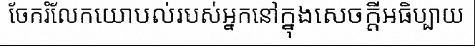
ចែករំលែកយោបល់របស់អ្នកនៅក្នុងសេចក្តីអធិប្បាយ